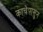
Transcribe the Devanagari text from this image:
काचेपासुन